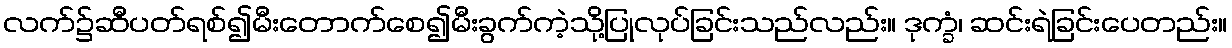
လက်၌ဆီပတ်ရစ်၍မီးတောက်စေ၍မီးခွက်ကဲ့သို့ပြုလုပ်ခြင်းသည်လည်း။ ဒုက္ခံ၊ ဆင်းရဲခြင်းပေတည်း။